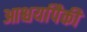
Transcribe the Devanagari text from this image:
आश्चर्यापैकी